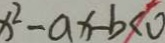
x ^ { 2 } - a x - b < 0